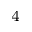
^ 4